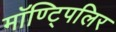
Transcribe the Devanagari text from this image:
मॉण्ट्पिलिर